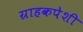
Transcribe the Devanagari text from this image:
ग्राहकपेशी